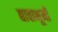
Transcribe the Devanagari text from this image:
द्यावाभूमी